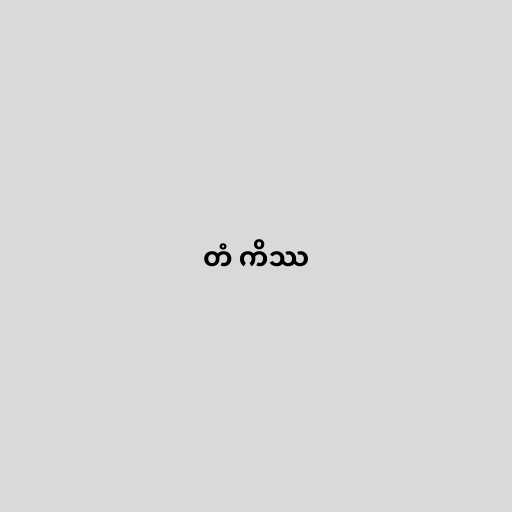
တံ ကိဿ